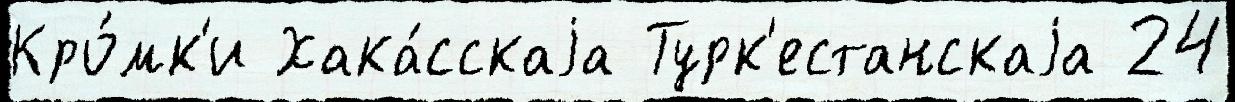
Кро́мк'и Хака́сскаjа Турк'естанскаjа 24